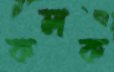
কলক